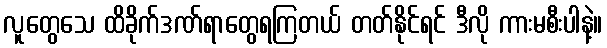
လူတွေသေ ထိခိုက်ဒဏ်ရာတွေရကြတယ် တတ်နိုင်ရင် ဒီလို ကားမစီးပါနဲ့။